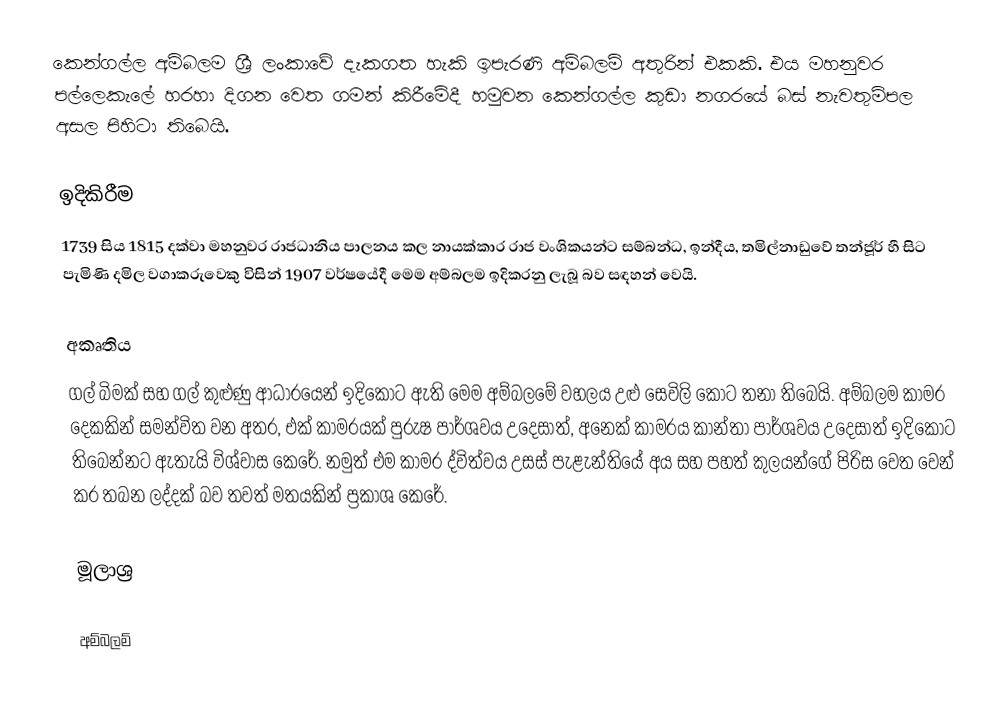
කෙන්ගල්ල අම්බලම ශ්‍රී ලංකාවේ දැකගත හැකි ඉපැරණි අම්බලම් අතුරින් එකකි. එය මහනුවර පල්ලෙකැලේ හරහා දිගන වෙත ගමන් කිරීමේදී හමුවන කෙන්ගල්ල කුඩා නගරයේ බස් නැවතුම්පල අසල පිහිටා තිබෙයි.

ඉදිකිරීම
1739 සිය 1815 දක්වා මහනුවර රාජධානිය පාලනය කල නායක්කාර රාජ වංශිකයන්ට සම්බන්ධ, ඉන්දීය, තමිල්නාඩුවේ තන්ජූර් හී සිට පැමිණි දමිල වගාකරුවෙකු විසින් 1907 වර්ෂයේදී මෙම අම්බලම ඉදිකරනු ලැබූ බව සඳහන් වෙයි.

අකෘතිය
ගල් බිමක් සහ ගල් කුළුණු ආධාරයෙන් ඉදිකොට ඇති මෙම අම්බලමේ වහලය උළු සෙවිලි කොට තනා තිබෙයි. අම්බලම කාමර දෙකකින් සමන්විත වන අතර, එක් කාමරයක් පුරුෂ පාර්ශවය උදෙසාත්, අනෙක් කාමරය කාන්තා පාර්ශවය උදෙසාත් ඉදිකොට තිබෙන්නට ඇතැයි විශ්වාස කෙරේ. නමුත් එම කාමර ද්විත්වය උසස් පැළැන්තියේ අය සහ පහත් කුලයන්ගේ පිරිස වෙත වෙන් කර තබන ලද්දක් බව තවත් මතයකින් ප්‍රකාශ කෙරේ.

මූලාශ්‍ර

අම්බලම්